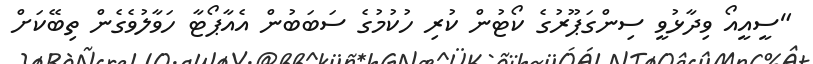
"ސީއީއޯ ވިދާޅުވީ ސިންގަޕޫރުގެ ކޯޓުން ކުރި ހުކުމުގެ ސަބަބުން އެއާޕޯޓާ ހަވާލުވެގެން ތިބޭކަށް